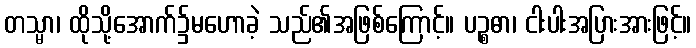
တသ္မာ၊ ထိုသို့အောက်၌မဟောခဲ့ သည်၏အဖြစ်ကြောင့်။ ပဉ္စဓာ၊ ငါးပါးအပြားအားဖြင့်။